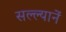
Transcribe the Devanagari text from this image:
सल्ल्यानें